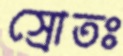
স্রোতঃ